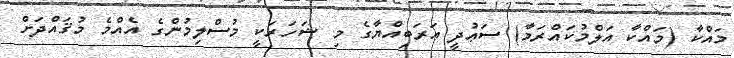
މައްކާ (މައްކާ އަލްމުކައްރަމާ) ސަޢުދީ ޢަރަބިއްޔާގެ މި ޝަހަރަކީ މުސްލިމުންގެ އެއްމެ މުޤައްދަށް